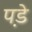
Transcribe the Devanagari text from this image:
प़डे